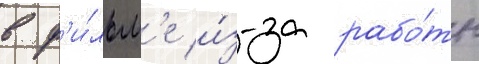
в ф'и́льм'е и́з-за рабо́ты